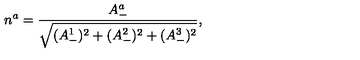
n ^ { a } = \frac { A _ { - } ^ { a } } { \sqrt { ( A _ { - } ^ { 1 } ) ^ { 2 } + ( A _ { - } ^ { 2 } ) ^ { 2 } + ( A _ { - } ^ { 3 } ) ^ { 2 } } } ,